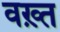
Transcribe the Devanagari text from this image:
वख़्त